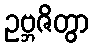
ဥဗ္ဘဇိတွာ